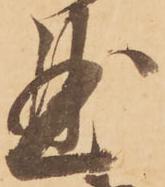
曲